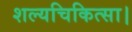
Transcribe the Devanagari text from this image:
शल्यचिकित्सा।